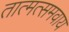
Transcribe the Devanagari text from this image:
तात्मत्समवाय